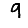
Digit: 9